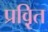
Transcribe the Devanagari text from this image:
प्रवृ़ित